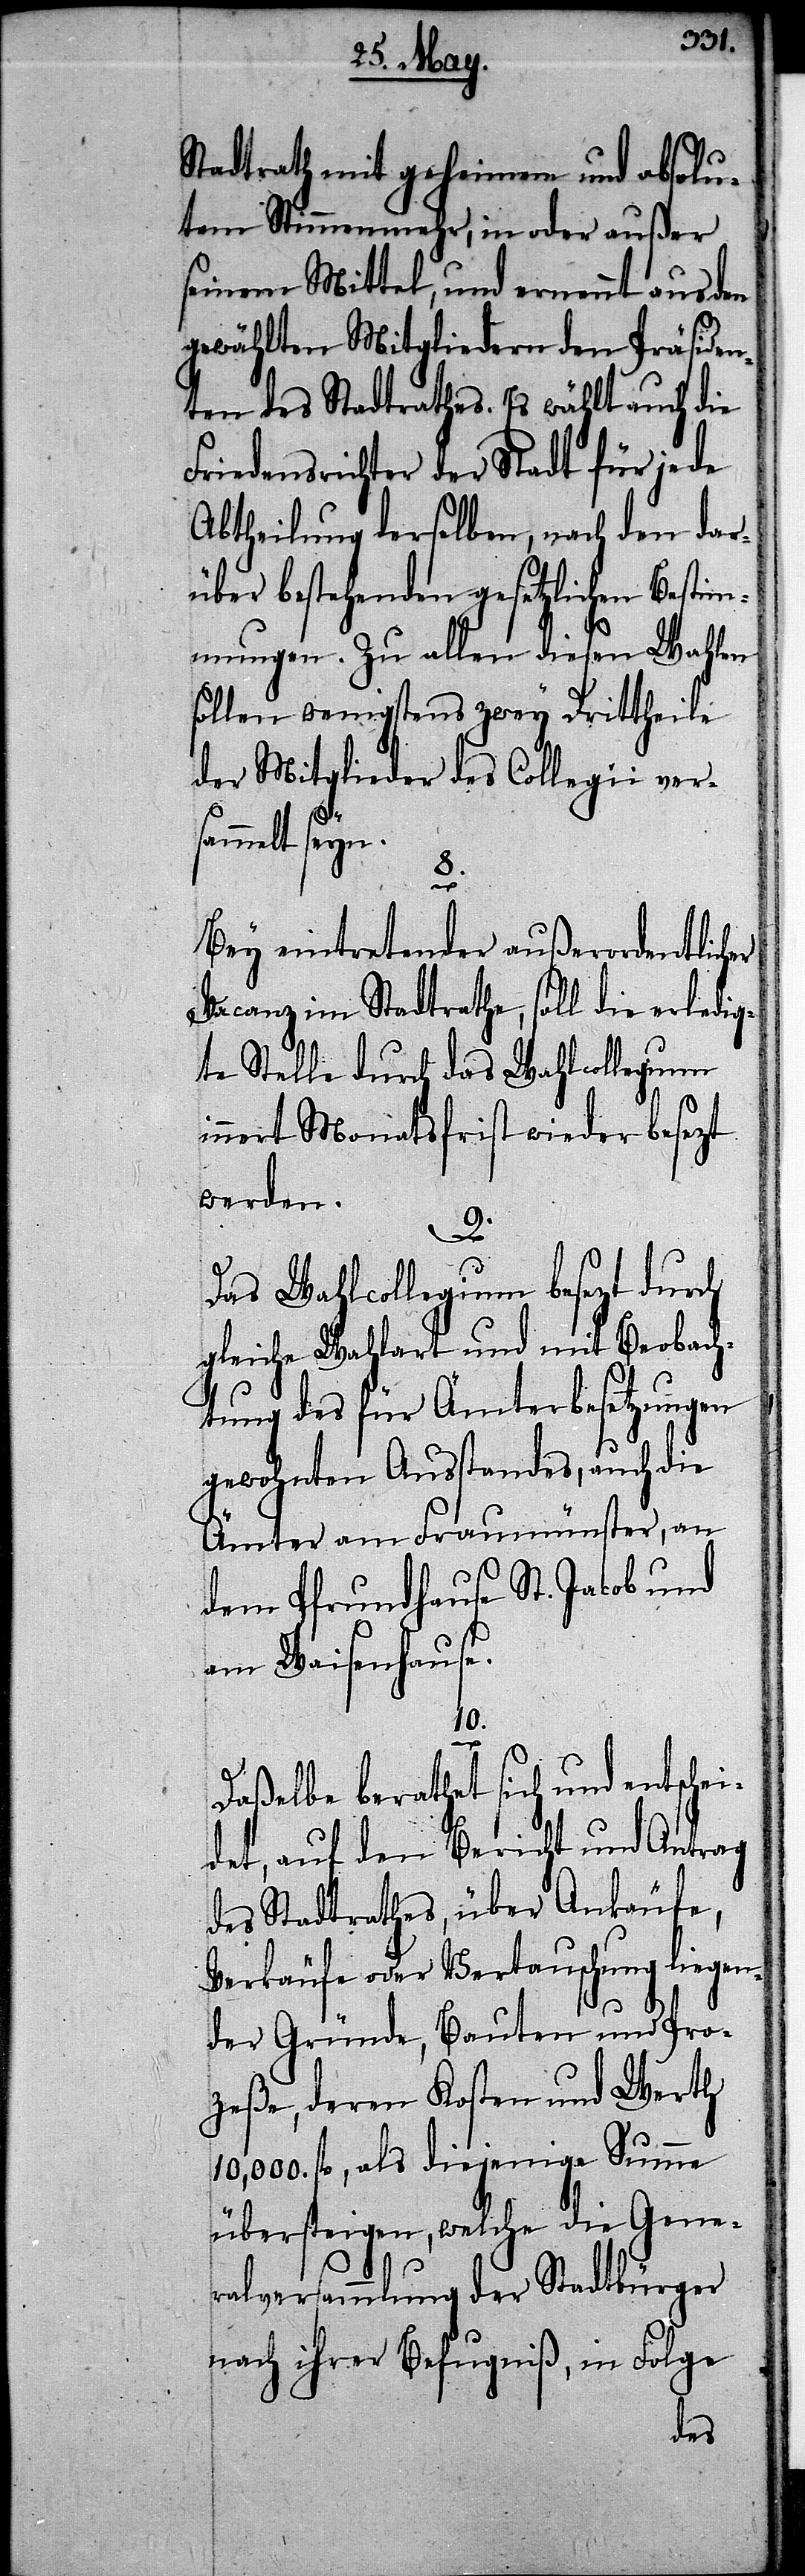
Stadtrath mit geheimen und absolu¬
ten Stimmenmehr, in oder außer
seinen Mittel, und ernennt aus den
gewählten Mitgliedern den Präsiden¬
ten des Stadtrathes. Es wählt auch die
Friedensrichter der Stadt für jede
Abtheilung derselben, nach den dar¬
über bestehenden gesetzlichen Bestim¬
mungen. Zu allen diesen Wahlen
sollen wenigstens zwey Drittheile
der Mitglieder des Collegii ver¬
sammelt seyn.
8.
Bey eintretender außerordentlicher
Vacanz im Stadtrathe, soll die erledig¬
te Stelle durch das Wahlcollegium i¬
nnert Monatsfrist wieder besezt
werden.
9.
Das Wahlcollegium besezt durch
gleiche Wahlart und mit Beobach¬
tung des für Ämterbesetzungen
gewohnten Ausstandes, auch die
Ämter am Fraumünster, an
dem Pfrundhause St. Jacob und
am Waisenhause.
10.
Daßelbe berathet sich und entschei¬
det, auf den Bericht und Antrag
des Stadtrathes, über Ankäufe,
Verkäufe oder Vertauschung liegen¬
der Gründe, Bauten und Pro¬
zeße, deren Kosten und Werth
10,000. fl, als diejenige Summe
übersteigen, welche die Gene¬
ralversammlung der Stadtbürger
nach ihrer Befugniß, in Folge